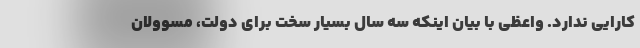
کارایی ندارد. واعظی با بیان اینکه سه سال بسیار سخت برای دولت، مسوولان